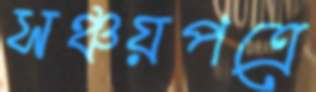
সঞ্চয়পত্রে